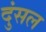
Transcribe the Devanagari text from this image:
दुंसल